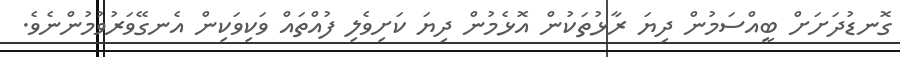
ގޮނޑުދަށަށް ބީއްސަމުން ދިޔަ ރާޅުތަކުން އޮޅެމުން ދިޔަ ކަށިވެލި ފުއްތައް ވަކިވަކިން އެނގޭވަރުވުމުންނެވެ.